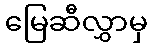
မြေဆီလွှာမှ